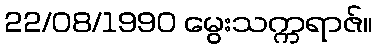
22/08/1990 မွေးသက္ကရာဇ်။